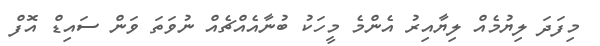
މިފަދަ ލިޔުމެއް ލިޔާއިރު އެންމެ މީހަކު ބުނާއެއްޗެއް ނުވަތަ ވަން ސައިޑް އޮފް